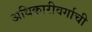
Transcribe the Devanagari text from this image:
अधिकारीवर्गाची